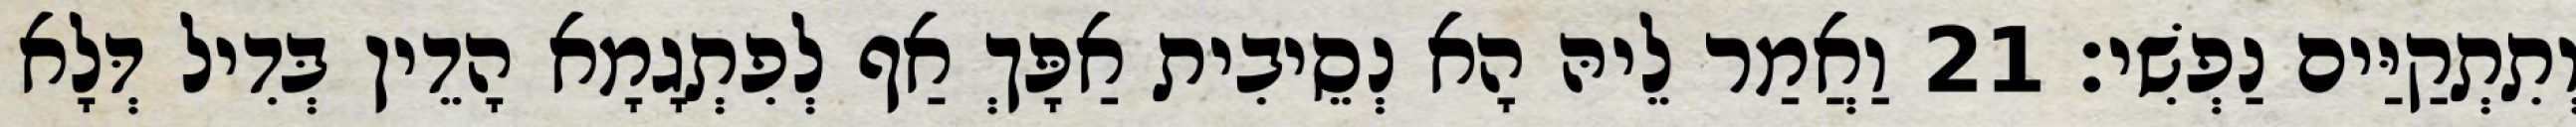
וְתִתְקַיַּים נַפְשִׁי׃ 21 וַאֲמַר לֵיהּ הָא נְסֵיבִית אַפָּךְ אַף לְפִתְגָמָא הָדֵין בְּדִיל דְּלָא